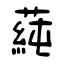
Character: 蒓